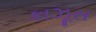
કાઝૂસ